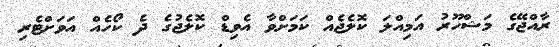
ރާއްޖޭގެ މަޝްހޫރު އަމިއްލަ ކޮލެޖެއް ކަމަށްވާ އެވިޑް ކޮލެޖުގެ ދެ ކޯހެއް އަވަށްޓެރި